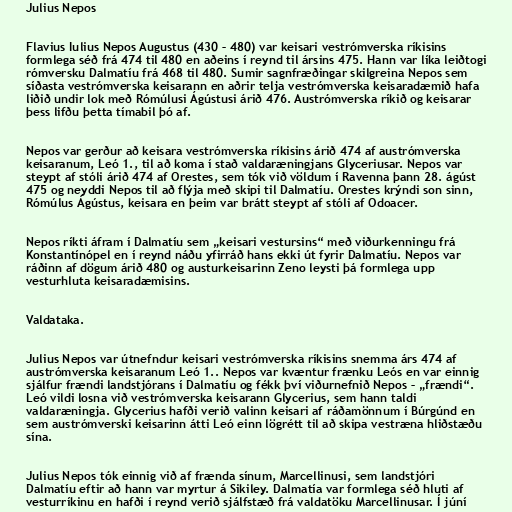
Julius Nepos

Flavius Iulius Nepos Augustus (430 – 480) var keisari vestrómverska ríkisins
formlega séð frá 474 til 480 en aðeins í reynd til ársins 475. Hann var líka leiðtogi
rómversku Dalmatíu frá 468 til 480. Sumir sagnfræðingar skilgreina Nepos sem
síðasta vestrómverska keisarann en aðrir telja vestrómverska keisaradæmið hafa
liðið undir lok með Rómúlusi Ágústusi árið 476. Austrómverska ríkið og keisarar
þess lifðu þetta tímabil þó af.

Nepos var gerður að keisara vestrómverska ríkisins árið 474 af austrómverska
keisaranum, Leó 1., til að koma í stað valdaræningjans Glyceriusar. Nepos var
steypt af stóli árið 474 af Orestes, sem tók við völdum í Ravenna þann 28. ágúst
475 og neyddi Nepos til að flýja með skipi til Dalmatíu. Orestes krýndi son sinn,
Rómúlus Ágústus, keisara en þeim var brátt steypt af stóli af Odoacer.

Nepos ríkti áfram í Dalmatíu sem „keisari vestursins“ með viðurkenningu frá
Konstantínópel en í reynd náðu yfirráð hans ekki út fyrir Dalmatíu. Nepos var
ráðinn af dögum árið 480 og austurkeisarinn Zeno leysti þá formlega upp
vesturhluta keisaradæmisins.

Valdataka.

Julius Nepos var útnefndur keisari vestrómverska ríkisins snemma árs 474 af
austrómverska keisaranum Leó 1.. Nepos var kvæntur frænku Leós en var einnig
sjálfur frændi landstjórans í Dalmatíu og fékk því viðurnefnið Nepos – „frændi“.
Leó vildi losna við vestrómverska keisarann Glycerius, sem hann taldi
valdaræningja. Glycerius hafði verið valinn keisari af ráðamönnum í Búrgúnd en
sem austrómverski keisarinn átti Leó einn lögrétt til að skipa vestræna hliðstæðu
sína.

Julius Nepos tók einnig við af frænda sínum, Marcellinusi, sem landstjóri
Dalmatíu eftir að hann var myrtur á Sikiley. Dalmatía var formlega séð hluti af
vesturríkinu en hafði í reynd verið sjálfstæð frá valdatöku Marcellinusar. Í júní